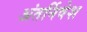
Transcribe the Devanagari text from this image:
अंतर्निवेश